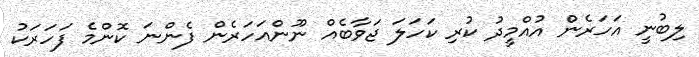
ލިބުނީ އަހަރެން އުއްމީދު ކުރި ކަހަލަ ޖަވާބެއް ނޫންއަހަރެން ފެންނަ ކޮންމެ ފަހަރަކު